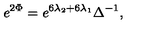
e ^ { 2 \Phi } = e ^ { 6 \lambda _ { 2 } + 6 \lambda _ { 1 } } \Delta ^ { - 1 } ,